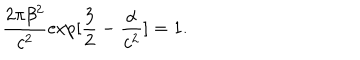
LaTeX: \frac { 2 \pi \beta ^ { 2 } } { c ^ { 2 } } \exp [ \frac { 3 } { 2 } - \frac { \alpha } { c ^ { 2 } } ] = 1 .